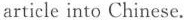
article into Chinese.